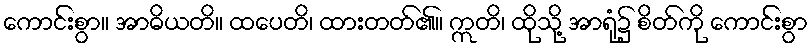
ကောင်းစွာ။ အာဓိယတိ။ ထပေတိ၊ ထားတတ်၏။ ဣတိ၊ ထိုသို့ အာရုံ၌ စိတ်ကို ကောင်းစွာ